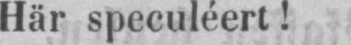
Här speculéert!